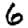
Digit: 6